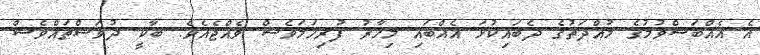
އެ އެއްބަސްވުމުގެ މުއްދަތުގެ ދެބައިކުޅަ އެއްބައި މިހާރު ފުރިހަމަވެސް ވެއްޖެއެވެ. ބާކީ ދުވަސްތައްވެސް